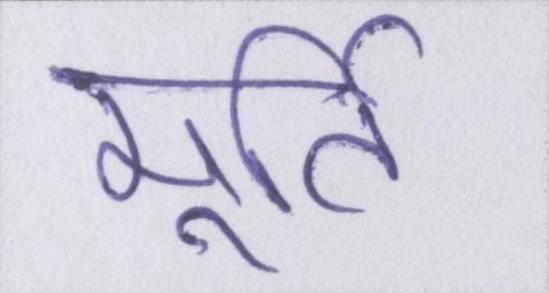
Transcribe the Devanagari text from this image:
मूर्ति